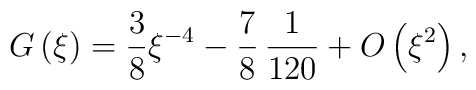
G\left( \xi \right) =\frac{3}{8}\xi ^{-4}-\frac{7}{8}\,\frac{1}{120}+O\left(\xi ^{2}\right) ,